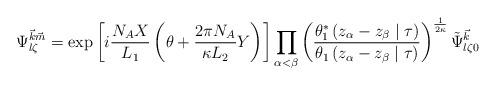
LaTeX: \begin{align*}\Psi^{{\vec k}{\vec m}}_{l \zeta} = \exp \left[ i\frac{N_{A}X}{L_1}\left(\theta + \frac{2\pi N_A}{\kappa L_2}Y \right)\right] \prod_{\alpha < \beta}\left(\frac{\theta_{1}^{\ast}\left(z_{\alpha}-z_{\beta} \mid\tau \right)}{\theta_{1}\left(z_{\alpha}-z_{\beta} \mid\tau\right)}\right)^{\frac{1}{2\kappa}}\tilde{\Psi}^{{\vec k}}_{l \zeta 0}\end{align*}